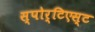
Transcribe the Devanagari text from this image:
स्पोर्टिएस्ट